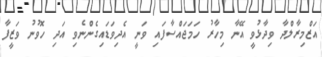
އަޒްމިރާލްދާ ވިދާޅުވީ އޭނާ މިހާރު ހަމަޖައްސާފައި ވަނީ އެދިވަޑައިގެންނެވި އަދި ހޮވުނު ވަޒީފާ